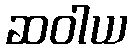
ဆဝါယ